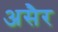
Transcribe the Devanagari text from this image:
असैर